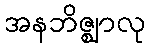
အနဘိဇ္ဈာလု